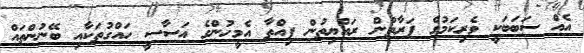
އެއް ސަބަބަކީ ވެރިކަމުގެ ފަރާތުން ރައްޔިތުން ފިއްތާ އެމީހުންގެ އަސާސީ ހައްގުތަކާއި ބޭނުންތައް